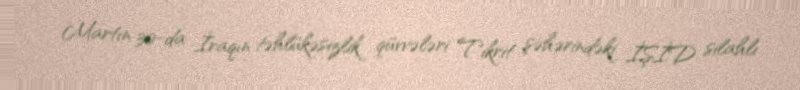
Martın 30-da İraqın təhlükəsizlik qüvvələri Tikrit şəhərindəki İŞİD silahlı